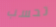
تحسب